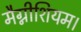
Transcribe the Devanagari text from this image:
मैग्नीशियम।